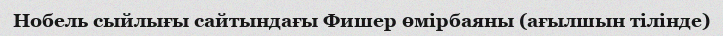
Нобель сыйлығы сайтындағы Фишер өмірбаяны (ағылшын тілінде)